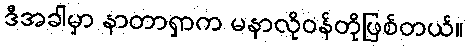
ဒီအခါမှာ နာတာရှာက မနာလိုဝန်တိုဖြစ်တယ်။